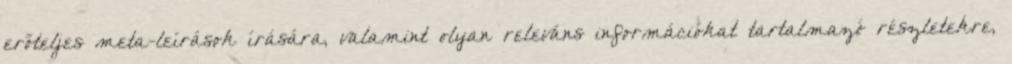
erőteljes meta-leírások írására, valamint olyan releváns információkat tartalmazó részletekre,